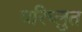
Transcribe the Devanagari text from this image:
परिप्लुत